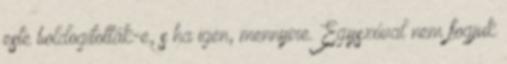
este boldogították-e, s ha igen, mennyire. Egyszóval nem fogjuk